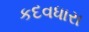
કદવધારા